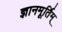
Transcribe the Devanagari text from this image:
ज्ञानमूर्तिम्